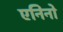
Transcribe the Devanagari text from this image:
एनिनो